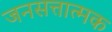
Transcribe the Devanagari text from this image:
जनसत्तात्मक